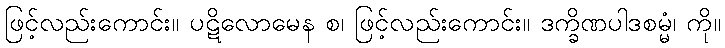
ဖြင့်လည်းကောင်း။ ပဋိလောမေန စ၊ ဖြင့်လည်းကောင်း။ ဒက္ခိဏပါဒစမ္မံ၊ ကို။